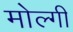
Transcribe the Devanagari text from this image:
मोल्गी